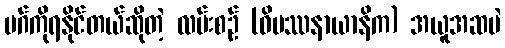
မဂ်ကိုရနိုင်တယ်ဆိုတဲ့ လမ်းစဉ် (ဝိပဿနာယာနိက) အယူအဆပဲ